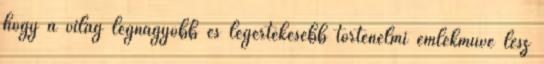
hogy a világ legnagyobb és legértékesebb történelmi emlékműve lesz